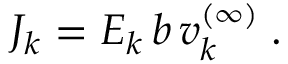
J _ { k } = E _ { k } \, b \, v _ { k } ^ { ( \infty ) } \; .